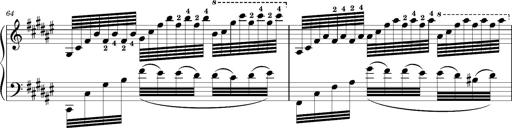
Title: Schlummerlied mit Arabesken
Composer: Franz Liszt
Key: F-sharp major